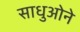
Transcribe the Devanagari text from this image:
साधुओने